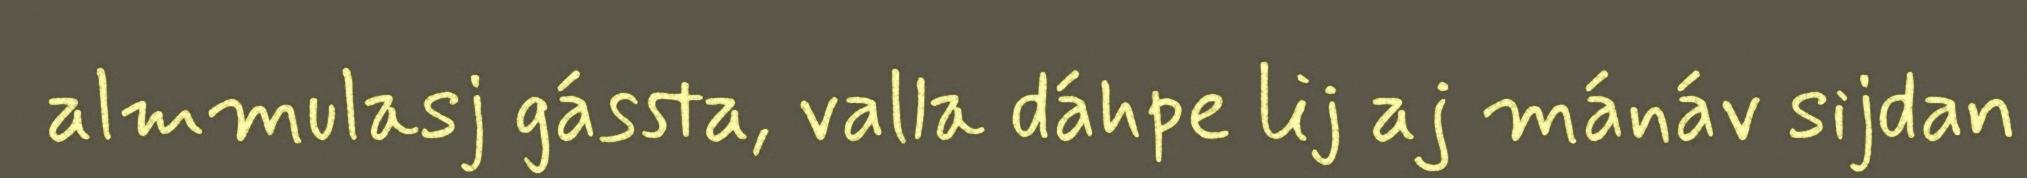
almmulasj gássta, valla dáhpe lij aj mánáv sijdan